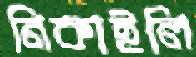
নিকাইলি